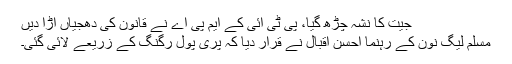
جیت کا نشہ چڑھ گیا، پی ٹی آئی کے ایم پی اے نے قانون کی دھجیاں اُڑا دیں
مسلم لیگ نون کے رہنما احسن اقبال نے قرار دیا کہ پری پول رگنگ کے زریعے لائی گئی۔